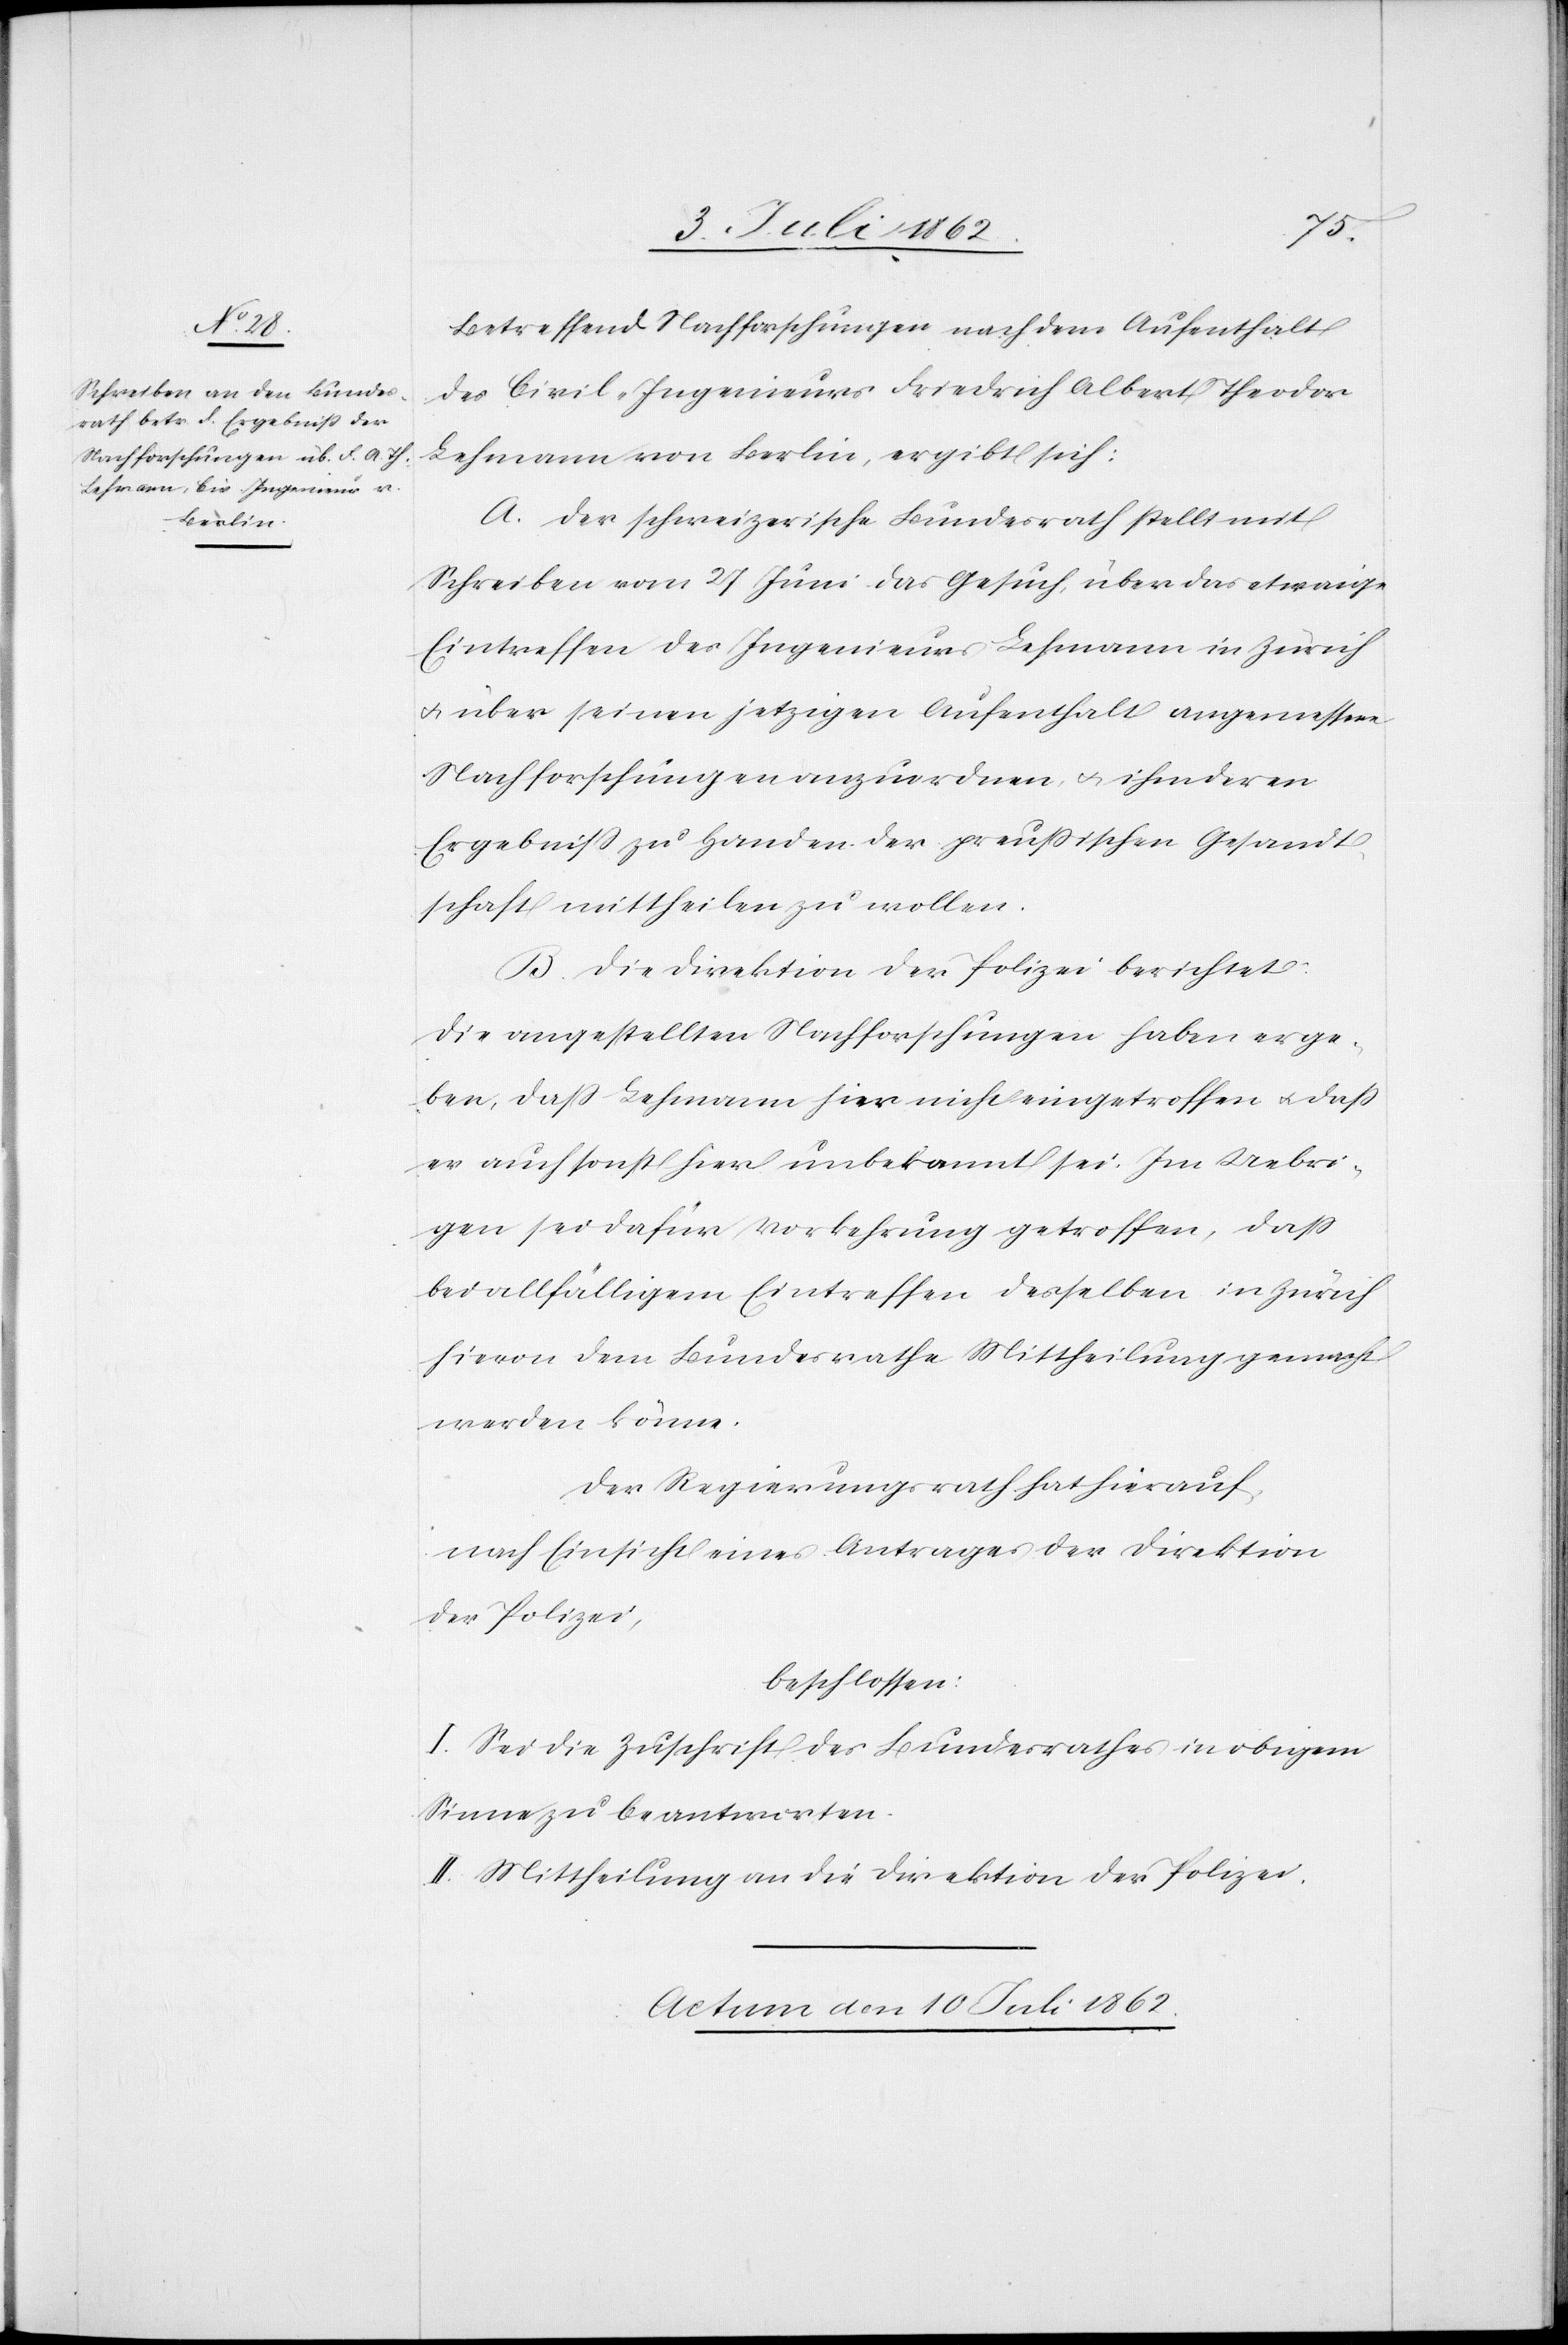
Berlin,

Betreffend Nachforschungen nach dem Aufenthalt
des Civil-Ingenieurs Friedrich Albert Theodor
A. Der schweizerische Bundesrath stellt mit
Schreiben vom 27 Juni das Gesuch, über das etwaige
Eintreffen der Ingenieurs Lehmann in Zürich
u. über seinen jetzigen Aufenthalt angemessene
Nachforschungen anzuordnen u. ihm deren
Ergebniß zu Handen der preußischen Gesandt¬
schaft mittheilen zu wollen.
B. Die Direktion der Polizei berichtet:
Die angestellten Nachforschungen haben erge¬
ben, daß Lehmann hier nicht eingetroffen u. daß
er auch sonst hier unbekannt sei. Im Uebri¬
gen sei dafür Vorkehrung getroffen, daß
bei allfälligem Eintreffen desselben in Zürich
hievon dem Bundesrathe Mittheilung gemacht
werden könne.
Der Regierungsrath hat hierauf
nach Einsicht eines Antrages der Direktion
der Polizei,
beschlossen:
I. Sei die Zuschrift des Bundesrathes in obigem
Sinne zu beantworten.
II. Mittheilung an die Direktion der Polizei.
Actum den 10 Juli 1862